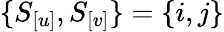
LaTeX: \{ S_{[u]},S_{[v]}\} =\{ i,j\}